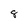
Character: 8